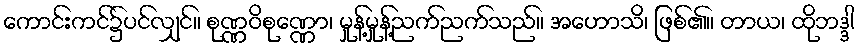
ကောင်းကင်၌ပင်လျှင်။ စုဏ္ဏဝိစုဏ္ဏော၊ မှုန့်မှုန့်ညက်ညက်သည်။ အဟောသိ၊ ဖြစ်၏။ တာယ၊ ထိုဘဒ္ဒါ